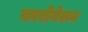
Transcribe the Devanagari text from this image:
कारोनेशन